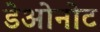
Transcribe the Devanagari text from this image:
डेओनोट